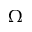
\Omega